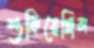
শুকিয়েছিল